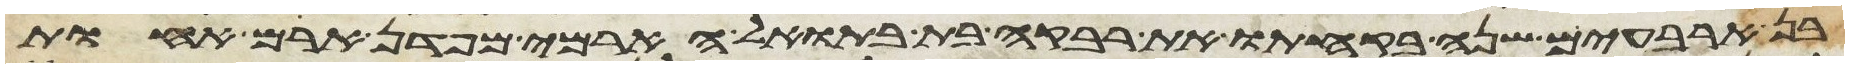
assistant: בן ארבעים שנה בקחתו את רבקה בת בתואל הארמי מפדן ארם אחות